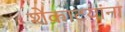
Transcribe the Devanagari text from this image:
शेकाटयांना